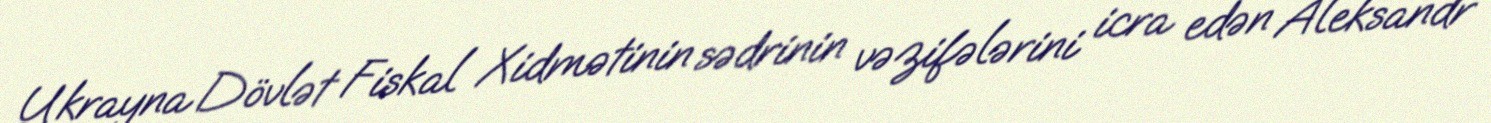
Ukrayna Dövlət Fiskal Xidmətinin sədrinin vəzifələrini icra edən Aleksandr